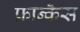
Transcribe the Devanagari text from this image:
फ्रान्कैस